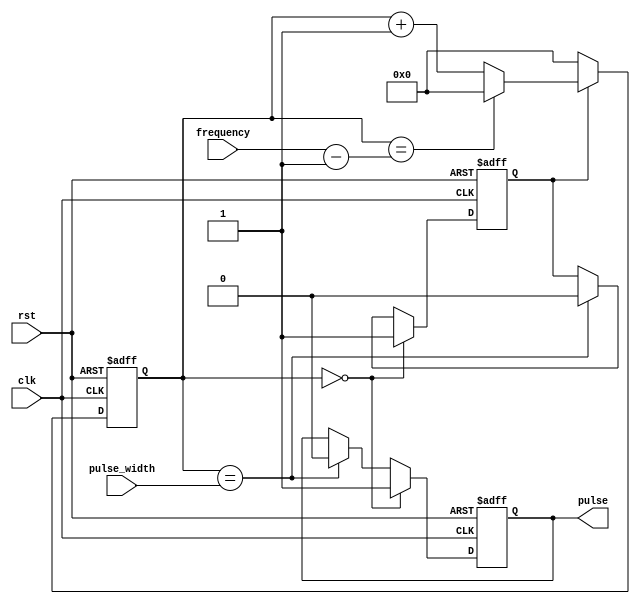
module SimplePulseGenerator (
    input clk,
    input rst,
    input [31:0] pulse_width,
    input [31:0] frequency,
    output reg pulse
);

reg [31:0] counter;
reg pulse_enable;

always @(posedge clk or posedge rst) begin
    if (rst) begin
        counter <= 0;
        pulse_enable <= 0;
        pulse <= 0;
    end else begin
        if (counter == 0) begin
            pulse_enable <= 1;
            pulse <= 1;
        end else if (counter == pulse_width) begin
            pulse_enable <= 0;
            pulse <= 0;
        end
        
        if (pulse_enable) begin
            if (counter == frequency - 1) begin
                counter <= 0;
            end else begin
                counter <= counter + 1;
            end
        end else begin
            counter <= 0;
        end
    end
end

endmodule